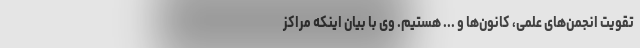
تقویت انجمن‌های علمی، کانون‌ها و ... هستیم. وی با بیان اینکه مراکز